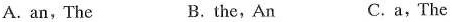
A. an, The B.the, An C.a, The